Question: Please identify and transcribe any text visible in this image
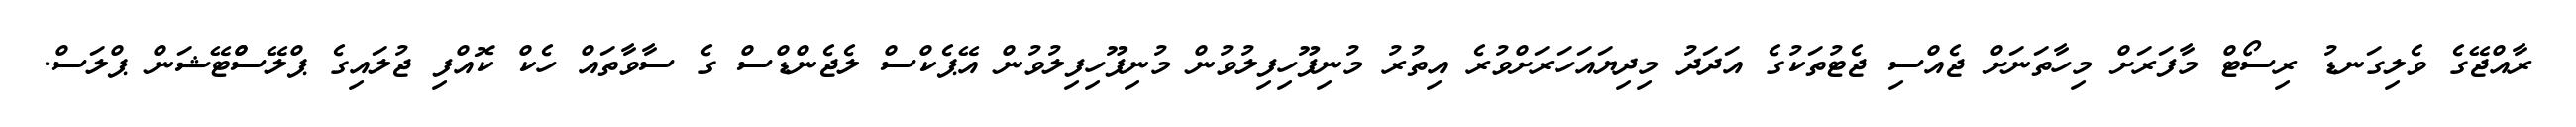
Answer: ރާއްޖޭގެ ވެލިގަނޑު ރިސޯޓް މާފަރަށް މިހާތަނަށް ޖެއްސި ޖެޓުތަކުގެ އަދަދު މިދިޔައަހަރަށްވުރެ އިތުރު މުނިފޫހިފިލުވުން މުނިފޫހިފިލުވުން އޭޕެކްސް ލެޖެންޑްސް ގެ ސާވާތައް ހެކް ކޮއްފި ޖުލައިގެ ޕްލޭސްްޓޭޝަން ޕްލަސް.